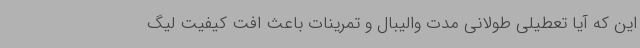
این که آیا تعطیلی طولانی مدت والیبال و تمرینات باعث افت کیفیت لیگ